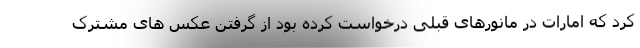
کرد که امارات در مانورهای قبلی درخواست کرده بود از گرفتن عکس های مشترک